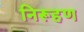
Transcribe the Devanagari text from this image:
निरूहण